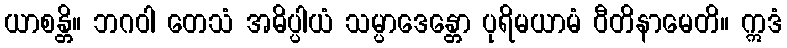
ယာစန္တိ။ ဘဂဝါ တေသံ အဓိပ္ပါယံ သမ္ပာဒေန္တော ပုရိမယာမံ ဝီတိနာမေတိ။ ဣဒံ